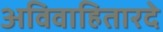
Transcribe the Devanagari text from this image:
अविवाहितारदे